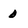
Character: 0